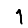
Digit: 1